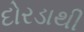
દોરડાથી